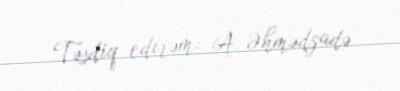
Təsdiq edirəm: A. Əhmədzadə